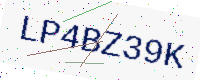
Text: LP4BZ39K